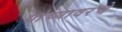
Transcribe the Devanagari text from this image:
यांच्यावरचे